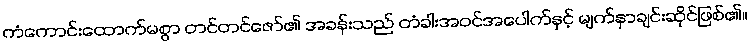
ကံကောင်းထောက်မစွာ တင်တင်ဇော်၏ အခန်းသည် တံခါးအဝင်အပေါက်နှင့် မျက်နှာချင်းဆိုင်ဖြစ်၏။